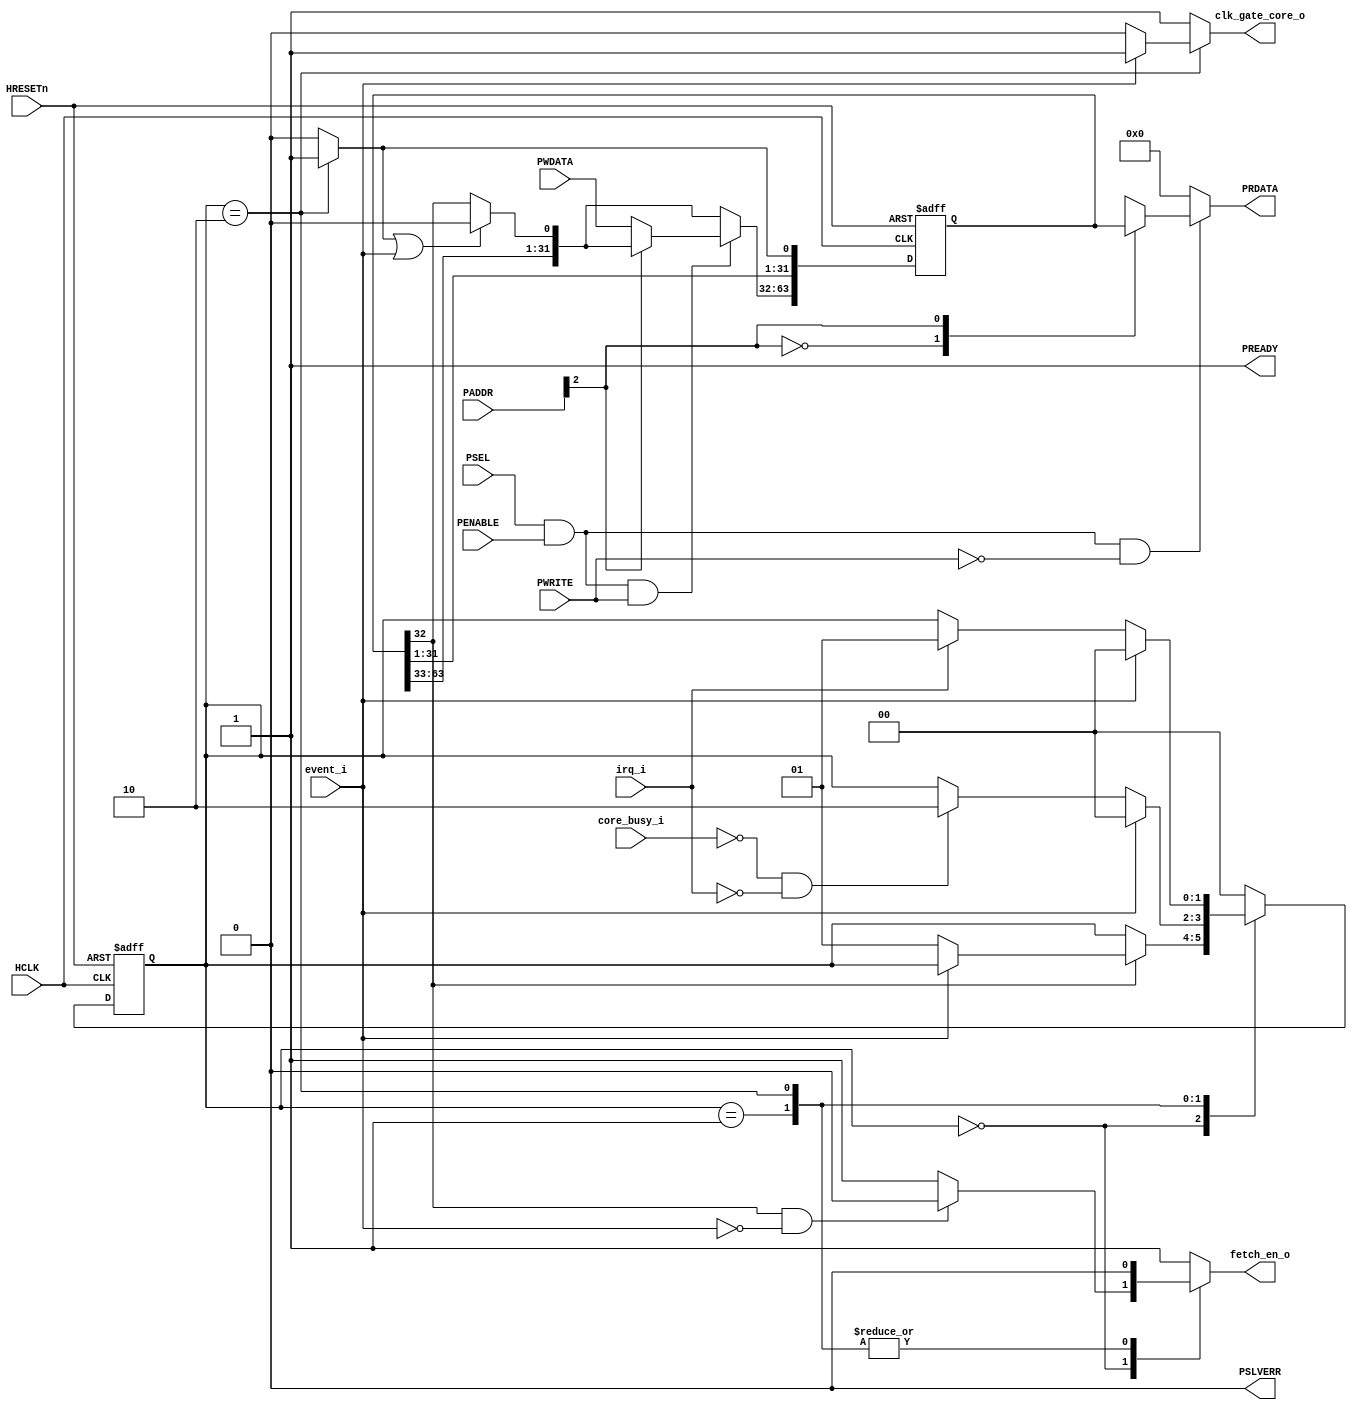
module sleep_unit 
#(
    parameter APB_ADDR_WIDTH = 12  //APB slaves are 4KB by default
)
(
	HCLK,
	HRESETn,
	PADDR,
	PWDATA,
	PWRITE,
	PSEL,
	PENABLE,
	PRDATA,
	PREADY,
	PSLVERR,
	irq_i,
	event_i,
	core_busy_i,
	fetch_en_o,
	clk_gate_core_o
);
	//parameter APB_ADDR_WIDTH = 12;
	input wire HCLK;
	input wire HRESETn;
	input wire [APB_ADDR_WIDTH - 1:0] PADDR;
	input wire [31:0] PWDATA;
	input wire PWRITE;
	input wire PSEL;
	input wire PENABLE;
	output reg [31:0] PRDATA;
	output wire PREADY;
	output wire PSLVERR;
	input wire irq_i;
	input wire event_i;
	input wire core_busy_i;
	output reg fetch_en_o;
	output reg clk_gate_core_o;
	reg [1:0] SLEEP_STATE_N;
	reg [1:0] SLEEP_STATE_Q;
	reg [63:0] regs_q;
	reg [63:0] regs_n;
	reg core_sleeping_int;
	always @(*) begin
		SLEEP_STATE_N = SLEEP_STATE_Q;
		case (SLEEP_STATE_Q)
			2'd0:
				if (regs_q[32])
					if (~event_i)
						SLEEP_STATE_N = 2'd1;
			2'd1:
				if (event_i)
					SLEEP_STATE_N = 2'd0;
				else if (~core_busy_i && ~irq_i)
					SLEEP_STATE_N = 2'd2;
			2'd2:
				if (event_i)
					SLEEP_STATE_N = 2'd0;
				else if (irq_i)
					SLEEP_STATE_N = 2'd1;
			default: SLEEP_STATE_N = 2'd0;
		endcase
	end
	always @(*) begin
		fetch_en_o = 1'b1;
		clk_gate_core_o = 1'b1;
		core_sleeping_int = 1'b0;
		case (SLEEP_STATE_Q)
			2'd0:
				if (regs_q[32] && ~event_i)
					fetch_en_o = 1'b0;
				else
					fetch_en_o = 1'b1;
			2'd1: fetch_en_o = 1'b0;
			2'd2: begin
				clk_gate_core_o = (event_i ? 1'b1 : 1'b0);
				core_sleeping_int = 1'b1;
				fetch_en_o = 1'b0;
			end
			default: begin
				fetch_en_o = 1'b1;
				clk_gate_core_o = 1'b1;
				core_sleeping_int = 1'b0;
			end
		endcase
	end
	wire [0:0] register_adr;
	assign register_adr = PADDR[3:2];
	assign PREADY = 1'b1;
	assign PSLVERR = 1'b0;
	always @(*) begin
		regs_n = regs_q;
		regs_n[1'b0] = core_sleeping_int;
		if (core_sleeping_int || event_i)
			regs_n[32] = 1'b0;
		if ((PSEL && PENABLE) && PWRITE)
			case (register_adr)
				2'b00: regs_n[32+:32] = PWDATA;
			endcase
	end
	always @(*) begin
		PRDATA = 'b0;
		if ((PSEL && PENABLE) && !PWRITE)
			case (register_adr)
				2'b00: PRDATA = regs_q[32+:32];
				2'b01: PRDATA = regs_q[0+:32];
				default: PRDATA = 'b0;
			endcase
	end
	always @(posedge HCLK or negedge HRESETn)
		if (~HRESETn) begin
			SLEEP_STATE_Q <= 2'd0;
			regs_q <= {2 {32'b00000000000000000000000000000000}};
		end
		else begin
			SLEEP_STATE_Q <= SLEEP_STATE_N;
			regs_q <= regs_n;
		end
endmodule